Bréfritari: Sigríður Pálsdóttir
Viðtakandi: Páll Pálsson
Dagsetning: A-1865-09-19
Skrifað á: Breiðabólsstað  Rang.
Páll var bróðir Sigríðar

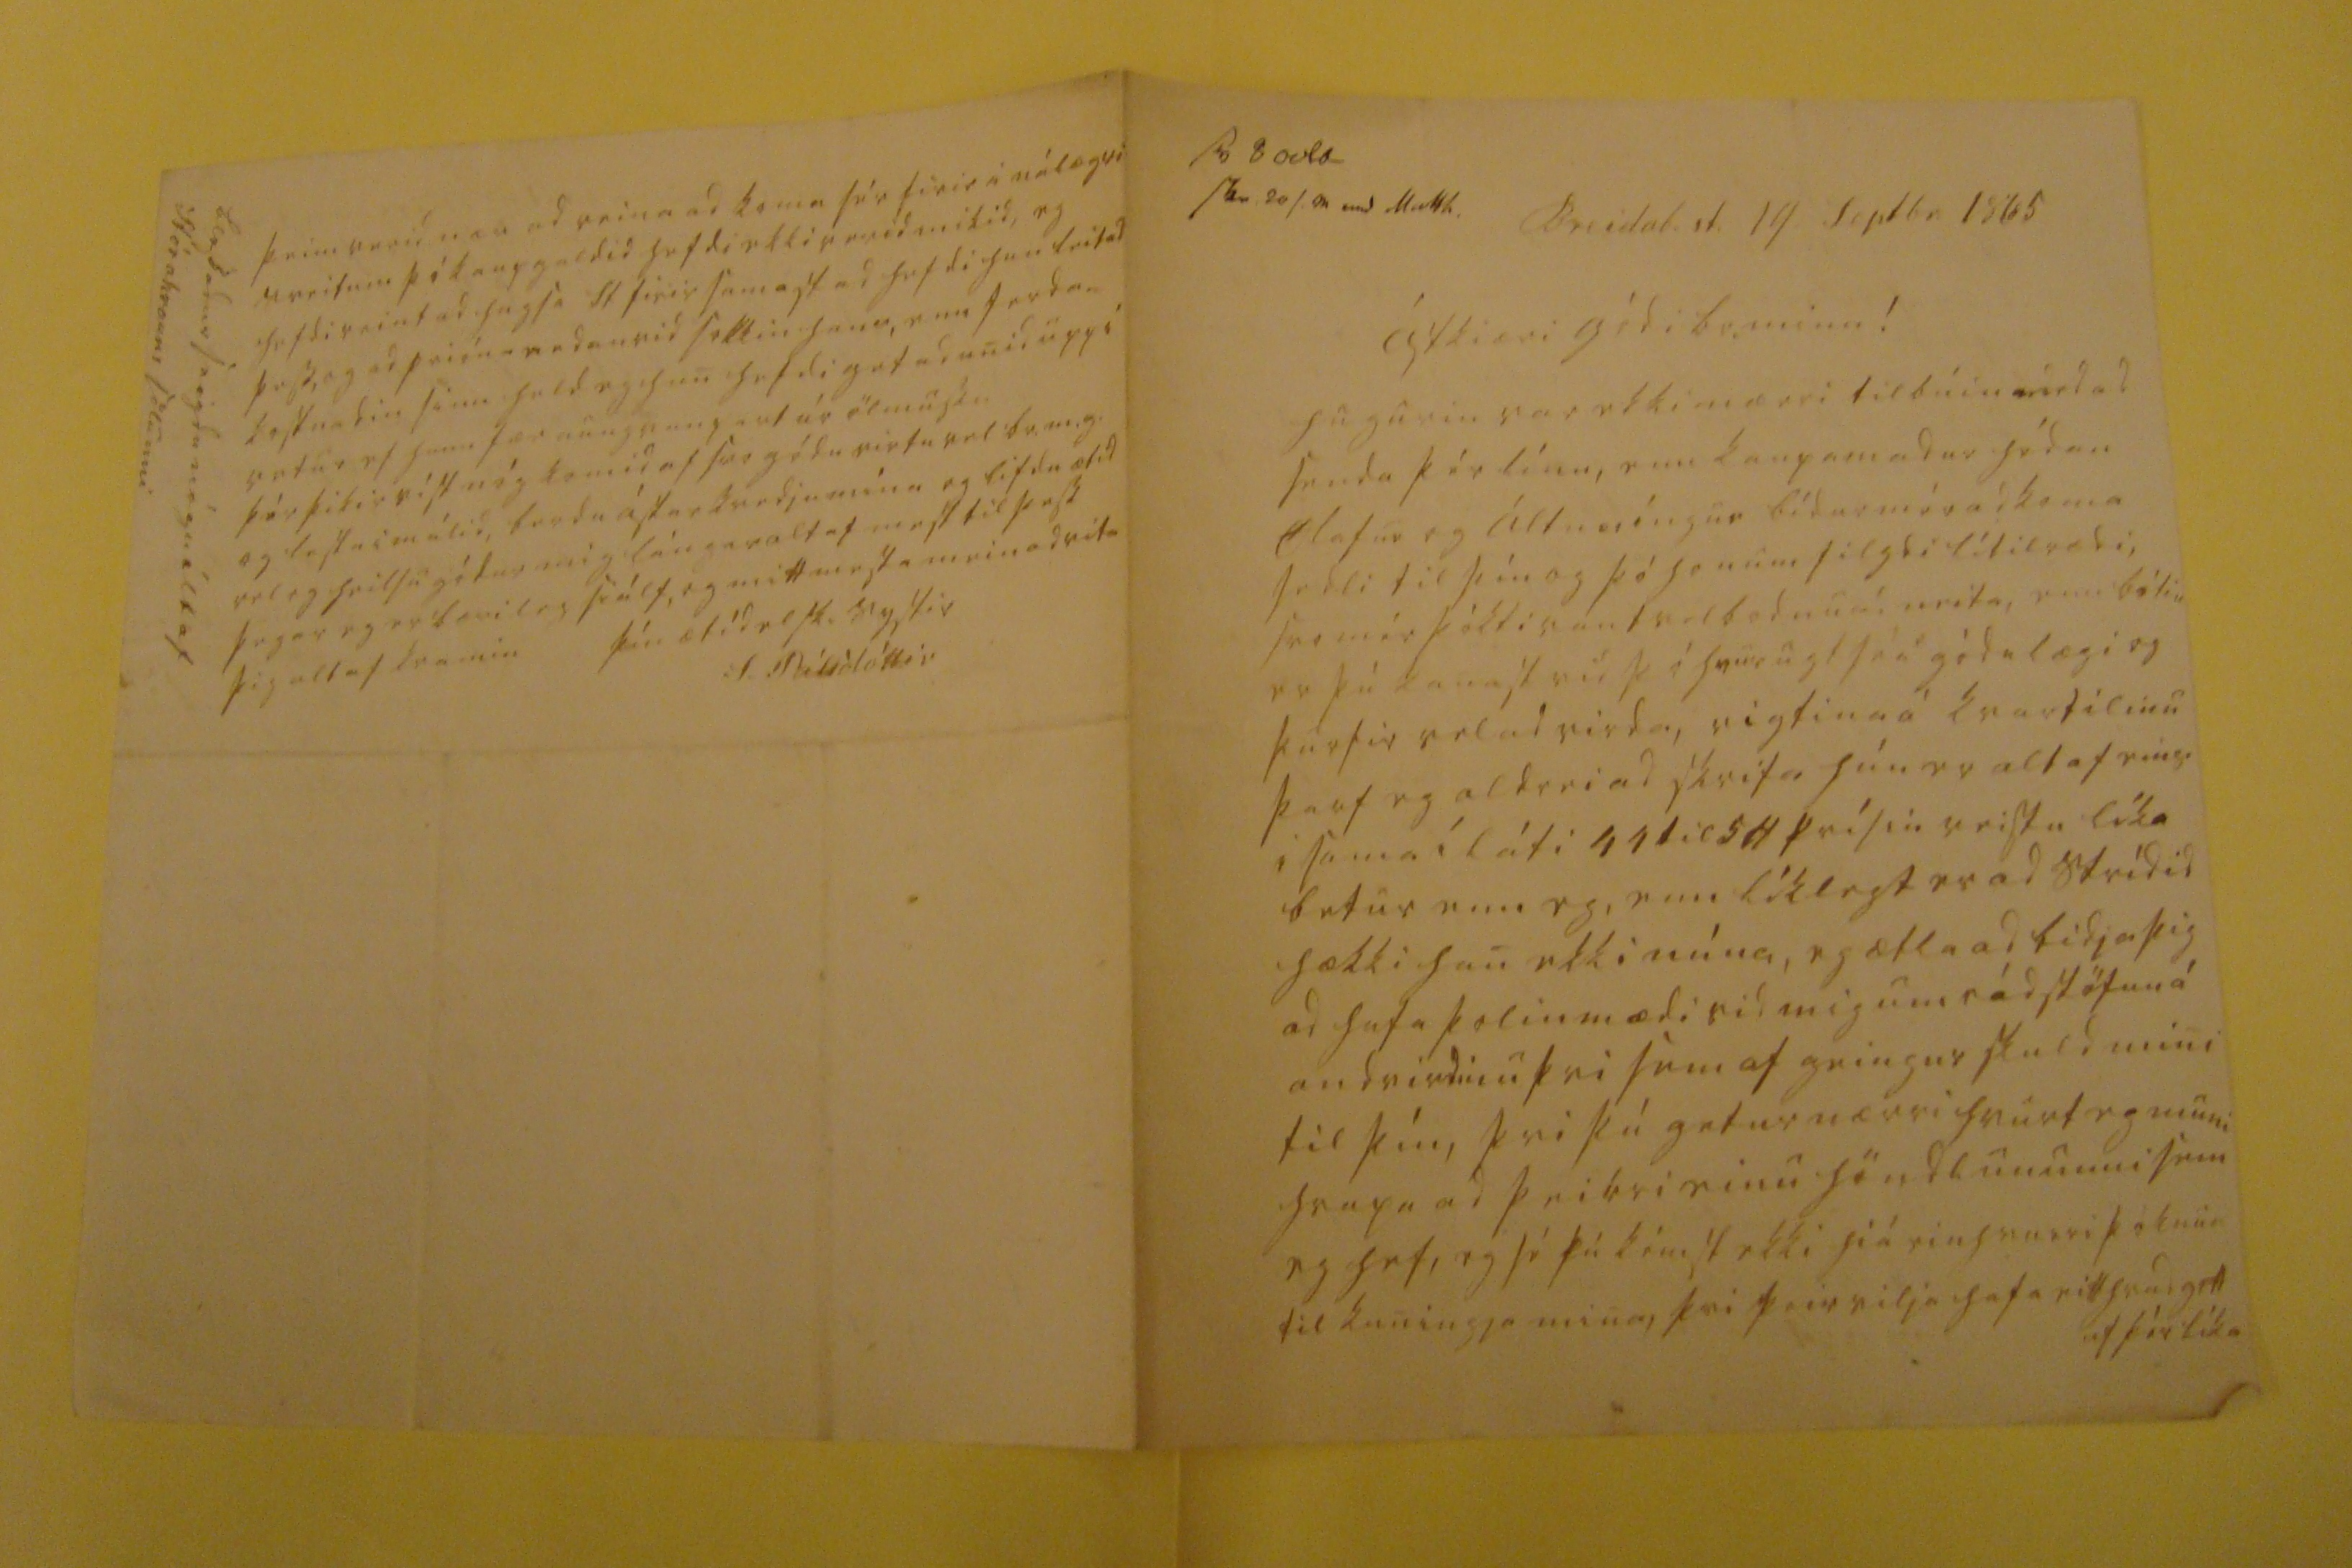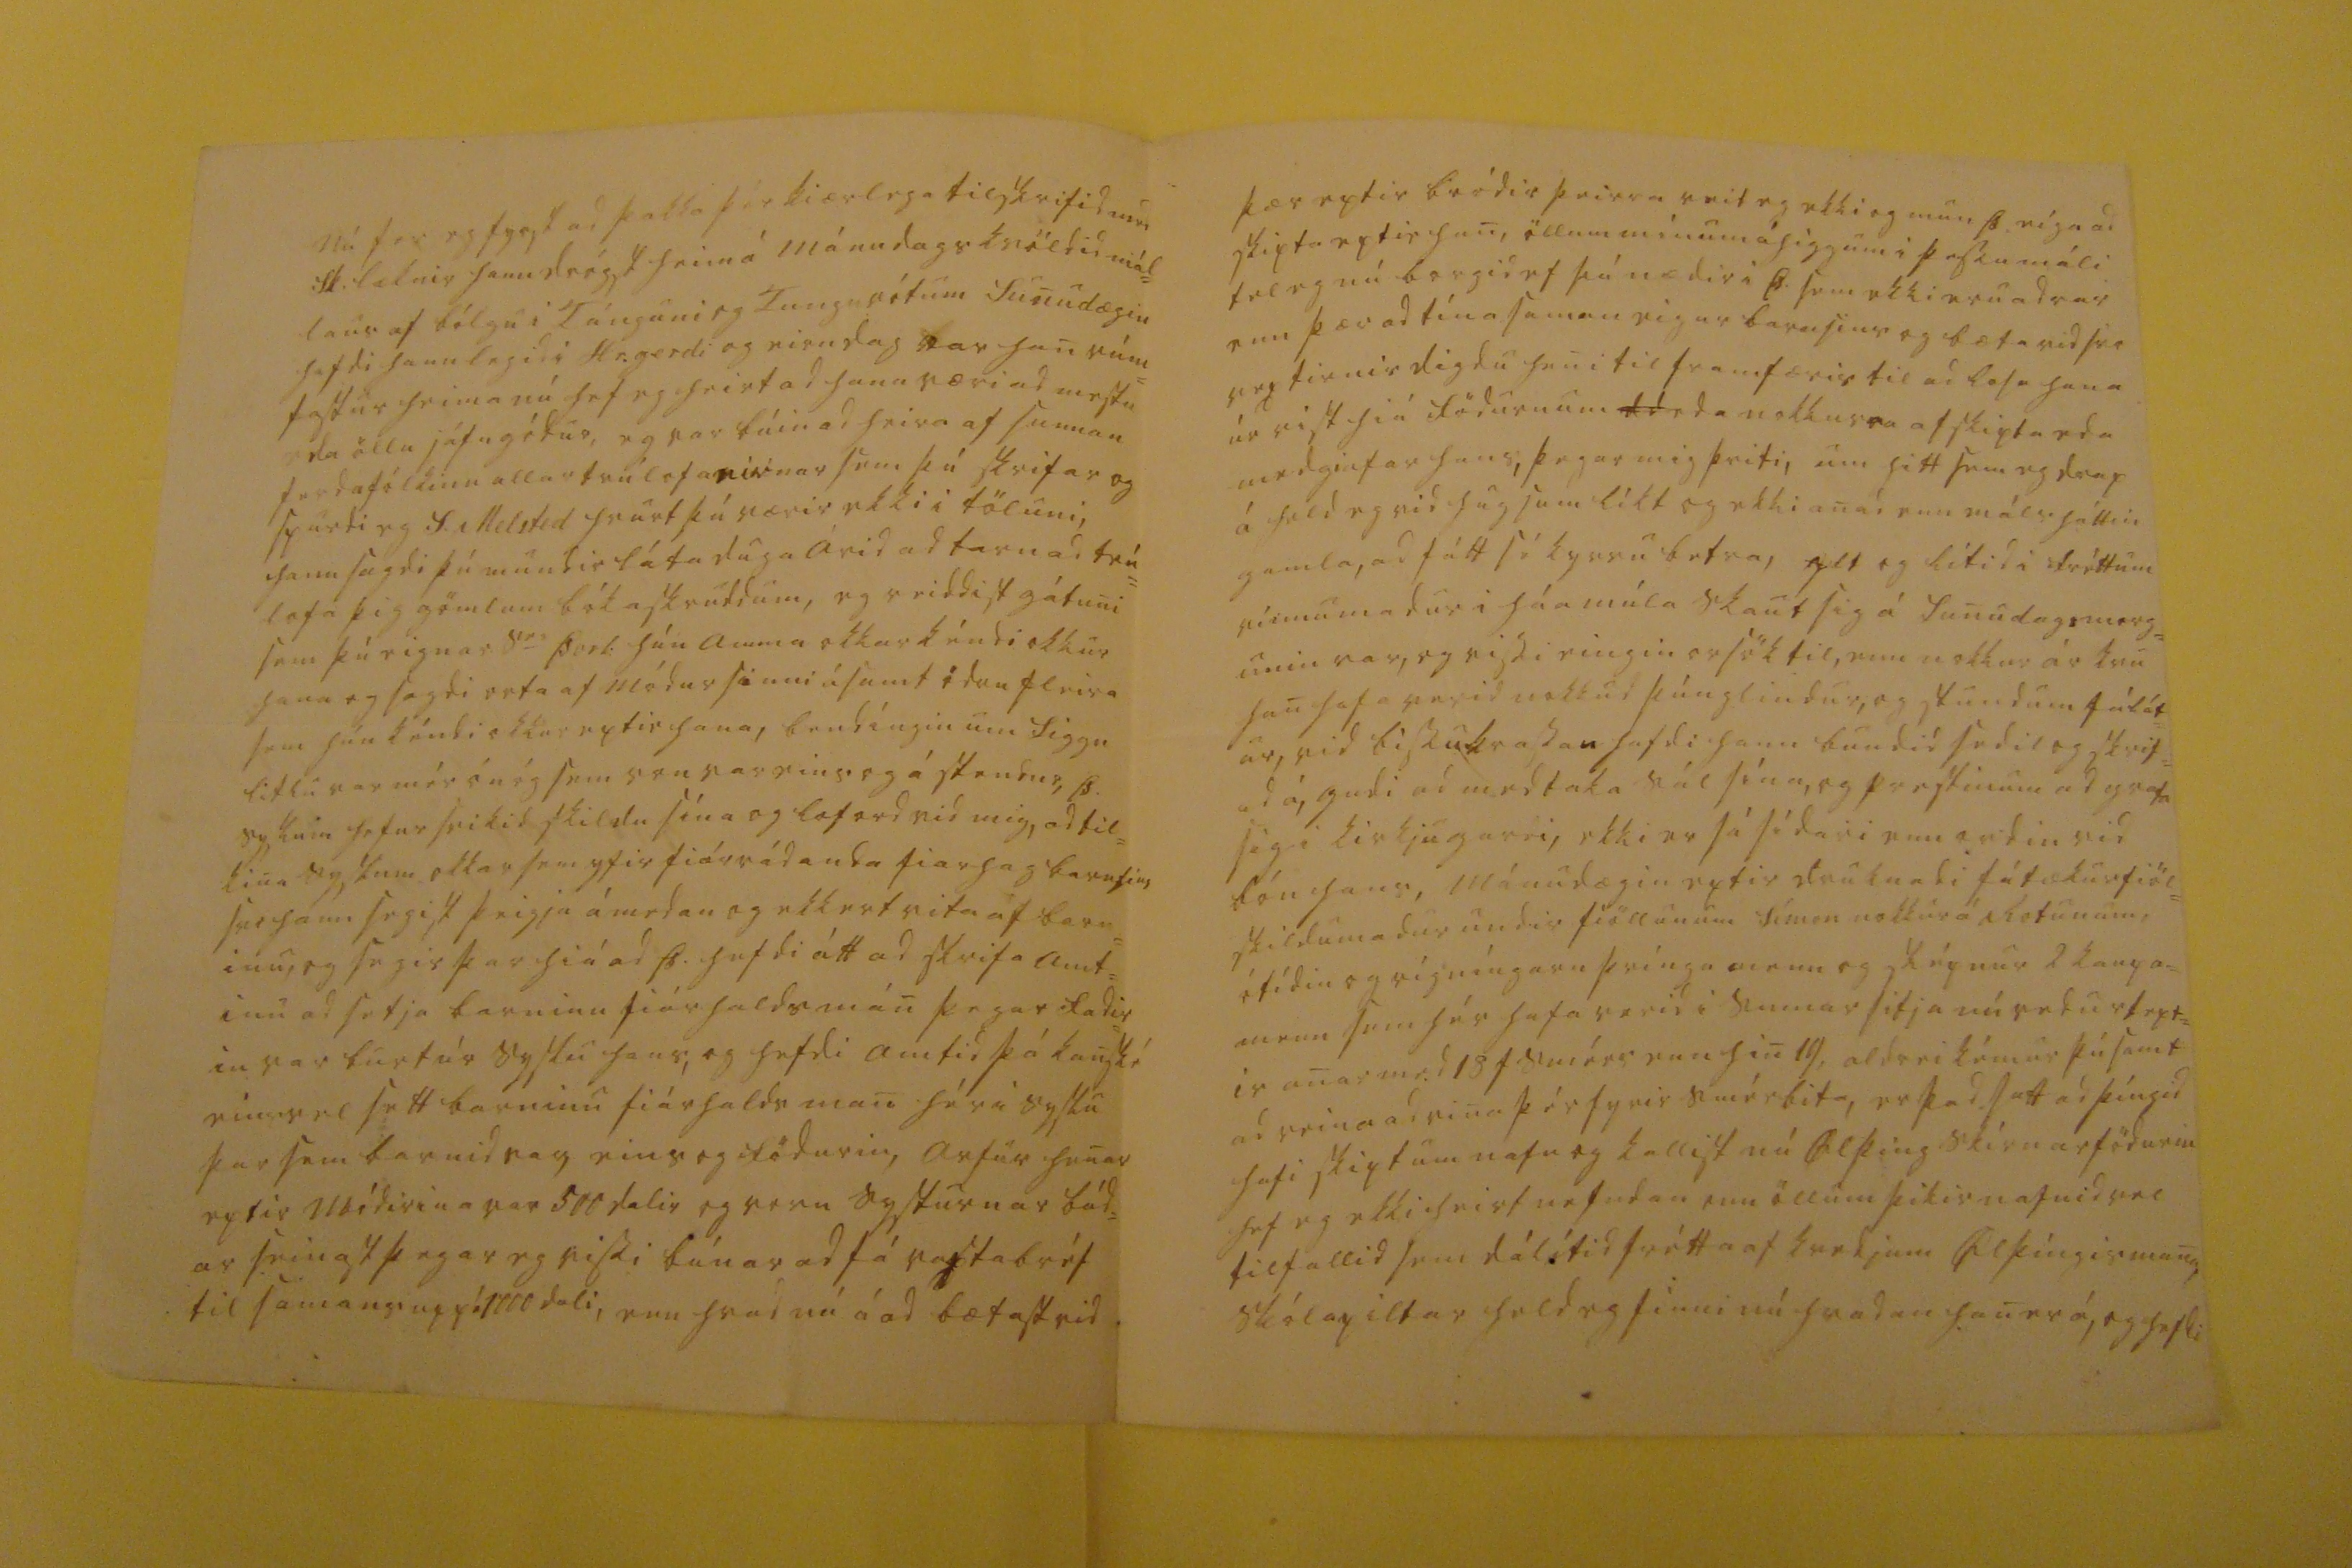

sv 8 ocbr_ skr 20 s.00 000 Mart00
Breidab.st. 19 Septbr. 1865
ástkiæri gódi br. minn!
hugurin var ekki nærri tilbúin med ad senda þér línu, enn kaupamadur hédan Olafur og áltnesíngur bídur mér ad koma sedli til þín og þó honum filgdi lítilrædi, svo mér þókti vant velbodnu ad neita, enn bótin er þú kanast vid þó hvururgt séu góda lægi og þurfir vel ad virda, vigtina á kvartilinu þarf eg aldrei ad skrifa hún er altaf eins i sama íláti
44 til 56
prísin veistu líka betur enn eg, enn líklegt er ad strídid hækki han ekki núna, eg ætla ad bidja þig ad hafa þolinmædi vid mig um rádstöfun á andvirdinu þvi sem af geingur skuld mini til þín, þvi þú getur nærri hvurt eg muni hrapa ad þeirri einu höndlununni sem eg hefi, eg sé þú kémst ekki hiá einhvurri þóknun til kuningja mina, þvi þeir vilja hafa eitthvad gott af þér líka
Nú fer eg fyrst ad þakka þér kiærlega tilskrifid med Sk. læknir hann drógst heim á Mánudagskvöldid mál= laus af bólgu i Túnguni og Tungurótum Sunudægin hafdi hann legid i Hr.gerdi og eirn dag var han rúm= fastur heima nú hef eg heirt ad hann væri ad mestu eda öllu jáfngódur, eg var búin ad heira af sunnan ferdafólkinu allar trúlofanirnar sem þú skrifar og spurdi eg S. Melsted hvurt þú værir ekki i töluni, hann sagdi þú mundir láta duga árid ad tarnad trú= lofa þig gömlum bókaskruddum, eg reiddist gátuni sem þú eignar s
er
Þorl: hún amma okkar kéndi okkur hana og sagdi orta af módur sinni ásamt ödru fleira sem hún kéndi okkur eptir hana, bendíngin um Siggu litlu var mér ónóg sem von var eins og á stendur, Þ. syslum hefur svikid skildu sína og loford vid mig, ad til= kina syslum okkar sem yfir fiárráda eda fiarhagbarnsins svo hann segist þeigja á medan og ekkert vita af barn= inu, og segir þar hiá ad Þ. hefdi átt ad skrifa amt= inu ad setja barninu fiárhaldsmán þegar fadir= in var burt úr syslu hans, og hefdi amtid þá kanské einsvel sett barninu fiárhalds man hér i syslu þar sem barnid var eins og födurin, arfur henar eptir módirina var 500 dalir og voru systurnar bád= ar seinast þegar eg vissi búnar ad fá
vaxtabréf
til samans uppá 1000 dali, enn hvad nú á ad bætast vid
þær eptir bródir þeirra veit eg ekki og mun Þ. eiga ad skipta eptir han, öllum mínum áhiggum i þessu máli tel eg nú borgid ef þú nædir i þ. sem ekki eru adrar enn þær ad tína saman eigur barnsins og bæta vid svo vextirnir digdu heni til framfæris til ad lofa hana úr vist hiá födurnum eda nokkurra afskipta eda medgiafar hans, þegar mig þriti, um hitt sem eg drep á held eg vid hugsum líkt og ekki anad enn málsháttin gamla, ad fátt sé kyrru betra,
alt
og lítid i fréttum vinnumadur i háamúla skaut sig á Sunudagsmorg= unin var, og vissi eingin orsök til, enn nokkur ár kvu han hafa verid nokkud þúnglindur, og stundum fálát= ur, vid bissukrassan hafdi hann bundid sedil og skrif= ad á, gudi ad medtaka sál sína, og prestinum ad grafa sig i kirkjugardi, ekki er sá sídari enn ordin vid bón hans, Mánudægin eptir druknadi fátækur fiöl= skildumadur undir fiöllunum Símon nokkur á Rofunum, ótídin og rígníngarn þvínga mann og sképnur 2 kaupa= menn sem hér hafa verid i sumar sitja nú vedurtep= ir anar med 18 t smérs enn hin 19, aldrei kémur þú samt ad reina ad vina þér fyrir smérbita, er þad satt ad þíngid hafi skipt um nafn og kallist nú Alþing skírnarfödurin hef eg ekki heirt nefndan enn öllum þikir nafnid vel tilfallid sem dálítid frétta af kvedjum Alþíngismana, skólapiltar held eg sinni nú hvadan han er á, og hefdi
þeim verid nær ad reina ad koma sér firir á nálægri sveitum þó kaupgaldid hefdi ekki verid mikid, eg hefdi reint ad hugsa St firir samastad hefdi han leitad þess, og ad prióna endanvid sokkin hans, enn ferda= kostnadin sinn held eg han hefdi getad unid upp i vetur ef hann fær aungvan part úr ölmussu þér þikir víst nóg komid af svo gódu virtu vel br.m.g. og lestu i málid, berdu ástarkvedju mína og lifdu ætíd vel og heilsugódur mig lángar altaf mest til þess þegar eg er bærileg siálf, og mitt mesta mein ad vita þig altaf kramin
þín ætíd elsk. systir
S. Pálsdóttir
blessadur seigdu nógu ilt af Stórahrauns sölunni